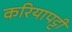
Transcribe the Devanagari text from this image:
करियापट्टी